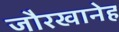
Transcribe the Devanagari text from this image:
जौरखानेह